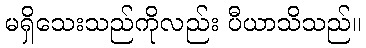
မရှိသေးသည်ကိုလည်း ပီယာသိသည်။